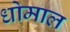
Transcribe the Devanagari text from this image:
धोमाल